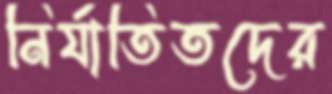
নির্যাতিতদের